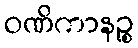
ဝဏိကာနဉ္စ